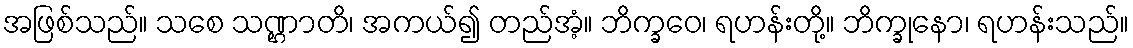
အဖြစ်သည်။ သစေ သဏ္ဌာတိ၊ အကယ်၍ တည်အံ့။ ဘိက္ခဝေ၊ ရဟန်းတို့။ ဘိက္ခုနော၊ ရဟန်းသည်။